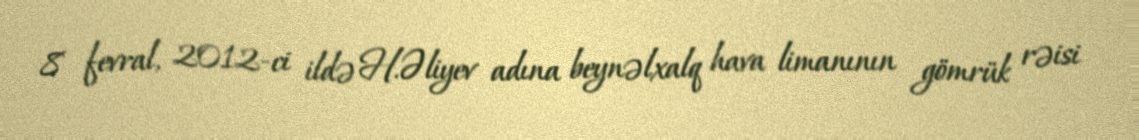
8 fevral, 2012-ci ildə H.Əliyev adına beynəlxalq hava limanının gömrük rəisi